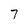
Character: 7